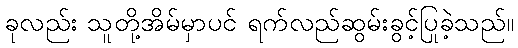
ခုလည်း သူတို့အိမ်မှာပင် ရက်လည်ဆွမ်းခွင့်ပြုခဲ့သည်။